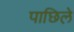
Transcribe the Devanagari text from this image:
पाछिले